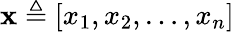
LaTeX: \mathbf{x}\triangleq\left[x_{1},x_{2},\ldots,x_{n}\right]